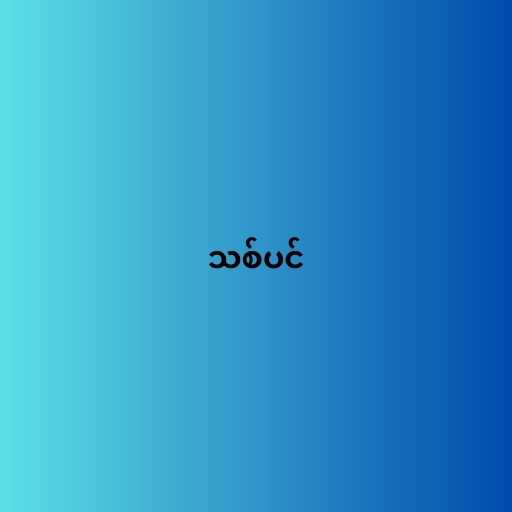
သစ်ပင်